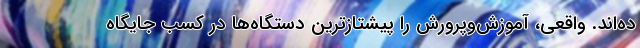
ده‌اند. واقعی، آموزش‌وپرورش را پیشتازترین دستگاه‌ها در کسب جایگاه